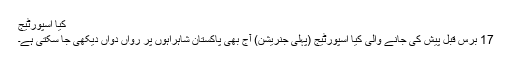
کِیا اسپورٹیج
17 برس قبل پیش کی جانے والی کِیا اسپورٹیج (پہلی جنریشن) آج بھی پاکستان شاہراہوں پر رواں دواں دیکھی جا سکتی ہے۔